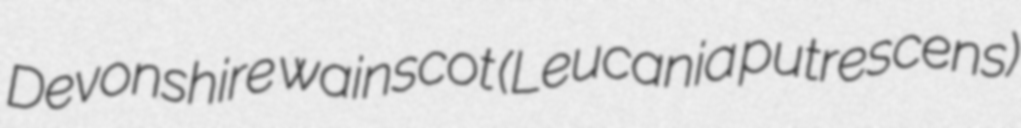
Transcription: Devonshire wainscot (Leucania putrescens)